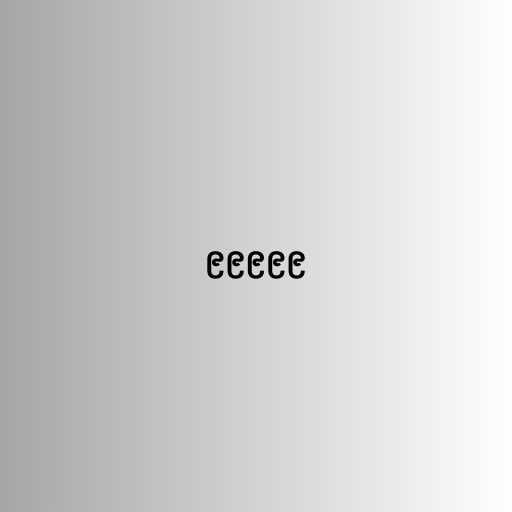
၉၉၉၉၉